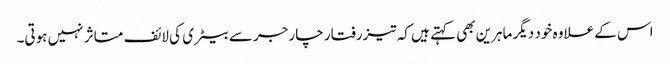
اس کے علاوہ خود دیگر ماہرین بھی کہتے ہیں کہ تیزرفتار چارجر سے بیٹری کی لائف متاثر نہیں ہوتی۔